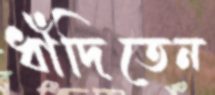
ধাঁদিতেন